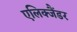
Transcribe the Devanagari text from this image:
एलिक्जैंडर